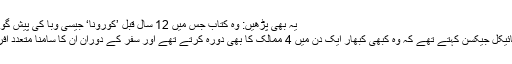
یہ بھی پڑھیں: وہ کتاب جس میں 12 سال قبل ’کورونا‘ جیسی وبا کی پیش گوئی کی گئی تھی
انہوں نے کہا مائیکل جیکسن کہتے تھے کہ وہ کبھی کبھار ایک دن میں 4 ممالک کا بھی دورہ کرتے تھے اور سفر کے دوران ان کا سامنا متعدد افراد سے ہوتا تھا۔